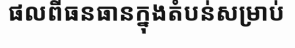
ផលពីធនធានក្នុងតំបន់សម្រាប់